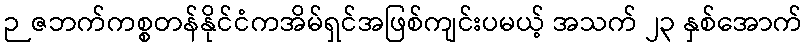
ဉဇဘက်ကစ္စတန်နိုင်ငံကအိမ်ရှင်အဖြစ်ကျင်းပမယ့် အသက် ၂၃ နှစ်အောက်